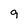
Character: 9